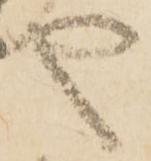
や